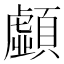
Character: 𩕚